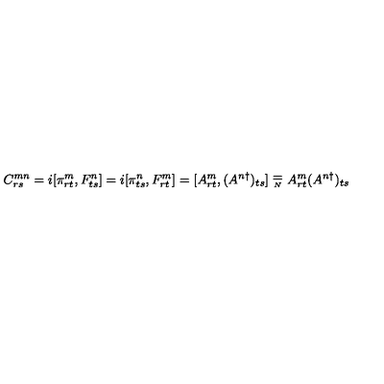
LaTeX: C _ { r s } ^ { m n } = i [ \pi _ { r t } ^ { m } , F _ { t s } ^ { n } ] = i [ \pi _ { t s } ^ { n } , F _ { r t } ^ { m } ] = [ A _ { r t } ^ { m } , ( A ^ { n \dagger } ) _ { t s } ] \stackrel { _ { \textstyle = } } { _ { _ { N } } } A _ { r t } ^ { m } ( A ^ { n \dagger } ) _ { t s }